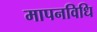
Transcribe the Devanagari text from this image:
मापनविधि